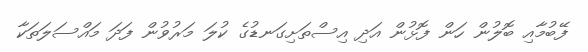
ފޭބުމާއި ބޮލުން ހަން ފޮޅުން އަދި އިސްތަށިގަނޑުގެ ކުލަ މަރުވުން ފަދަ މައްސަލަތަކާ